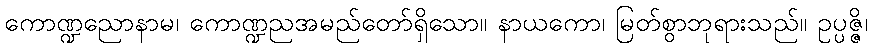
ကောဏ္ဍညောနာမ၊ ကောဏ္ဍညအမည်တော်ရှိသော။ နာယကော၊ မြတ်စွာဘုရားသည်။ ဥပ္ပဇ္ဇိ၊